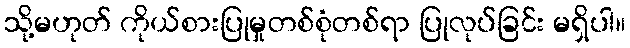
သို့မဟုတ် ကိုယ်စားပြုမှုတစ်စုံတစ်ရာ ပြုလုပ်ခြင်း မရှိပါ။